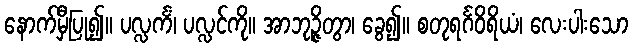
နောက်မှီပြု၍။ ပလ္လင်္ကံ၊ ပလ္လင်ကို။ အာဘုဉ္ဇိတွာ၊ ခွေ၍။ စတုရင်္ဂဝိရိယံ၊ လေးပါးသော